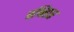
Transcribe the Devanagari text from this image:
पश्रिहार